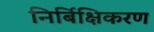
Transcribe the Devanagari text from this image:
निर्बिक्षिकरण